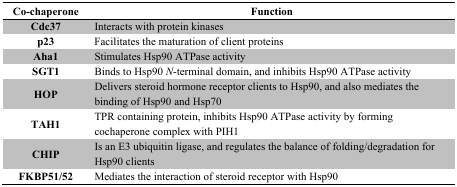
| Co-chaperone | Function |
 | --- | --- |
 | Cdc37 | Interacts with protein kinases |
 | p23 | Facilitates the maturation of client proteins |
 | Aha1 | Stimulates Hsp90 ATPase activity |
 | SGT1 | Binds to Hsp90 N-terminal domain, and inhibits Hsp90 ATPase activity |
 | HOP | Delivers steroid hormone receptor clients to Hsp90, and also mediates the binding of Hsp90 and Hsp70 |
 | TAH1 | TPR containing protein, inhibits Hsp90 ATPase activity by forming cochaperone complex with PIH1 |
 | CHIP | Is an E3 ubiquitin ligase, and regulates the balance of folding/degradation for Hsp90 clients |
 | FKBP51/52 | Mediates the interaction of steroid receptor with Hsp90 |